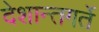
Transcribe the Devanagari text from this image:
देशान्तगर्ते